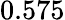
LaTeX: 0.575